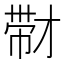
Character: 𰏚